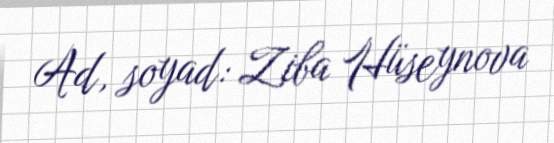
Ad, soyad: Ziba Hüseynova